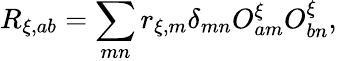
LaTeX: R_{\xi,ab}=\sum_{mn}r_{\xi,m}\delta_{mn}O_{am}^{\xi}O_{bn}^{\xi},